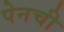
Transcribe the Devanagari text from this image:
पेनची